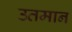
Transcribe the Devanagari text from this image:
उतमान